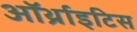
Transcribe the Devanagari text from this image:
ऑर्थ्राइटिस